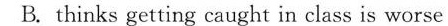
B. thinks getting caught in class is worse